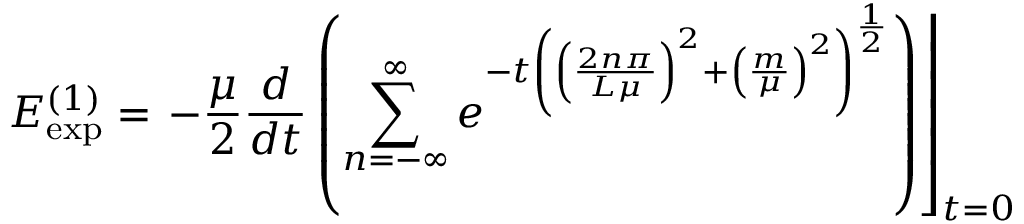
E _ { \exp } ^ { \left( 1 \right) } = \left. - \frac \mu 2 \frac d { d t } \left( \sum _ { n = - \infty } ^ { \infty } e ^ { - t \left( \left( \frac { 2 n \pi } { L \mu } \right) ^ { 2 } + \left( \frac m \mu \right) ^ { 2 } \right) ^ { \frac 1 2 } } \right) \right\rfloor _ { t = 0 }